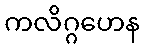
ကလိဂ္ဂဟေန